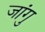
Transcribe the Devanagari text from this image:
जांगु